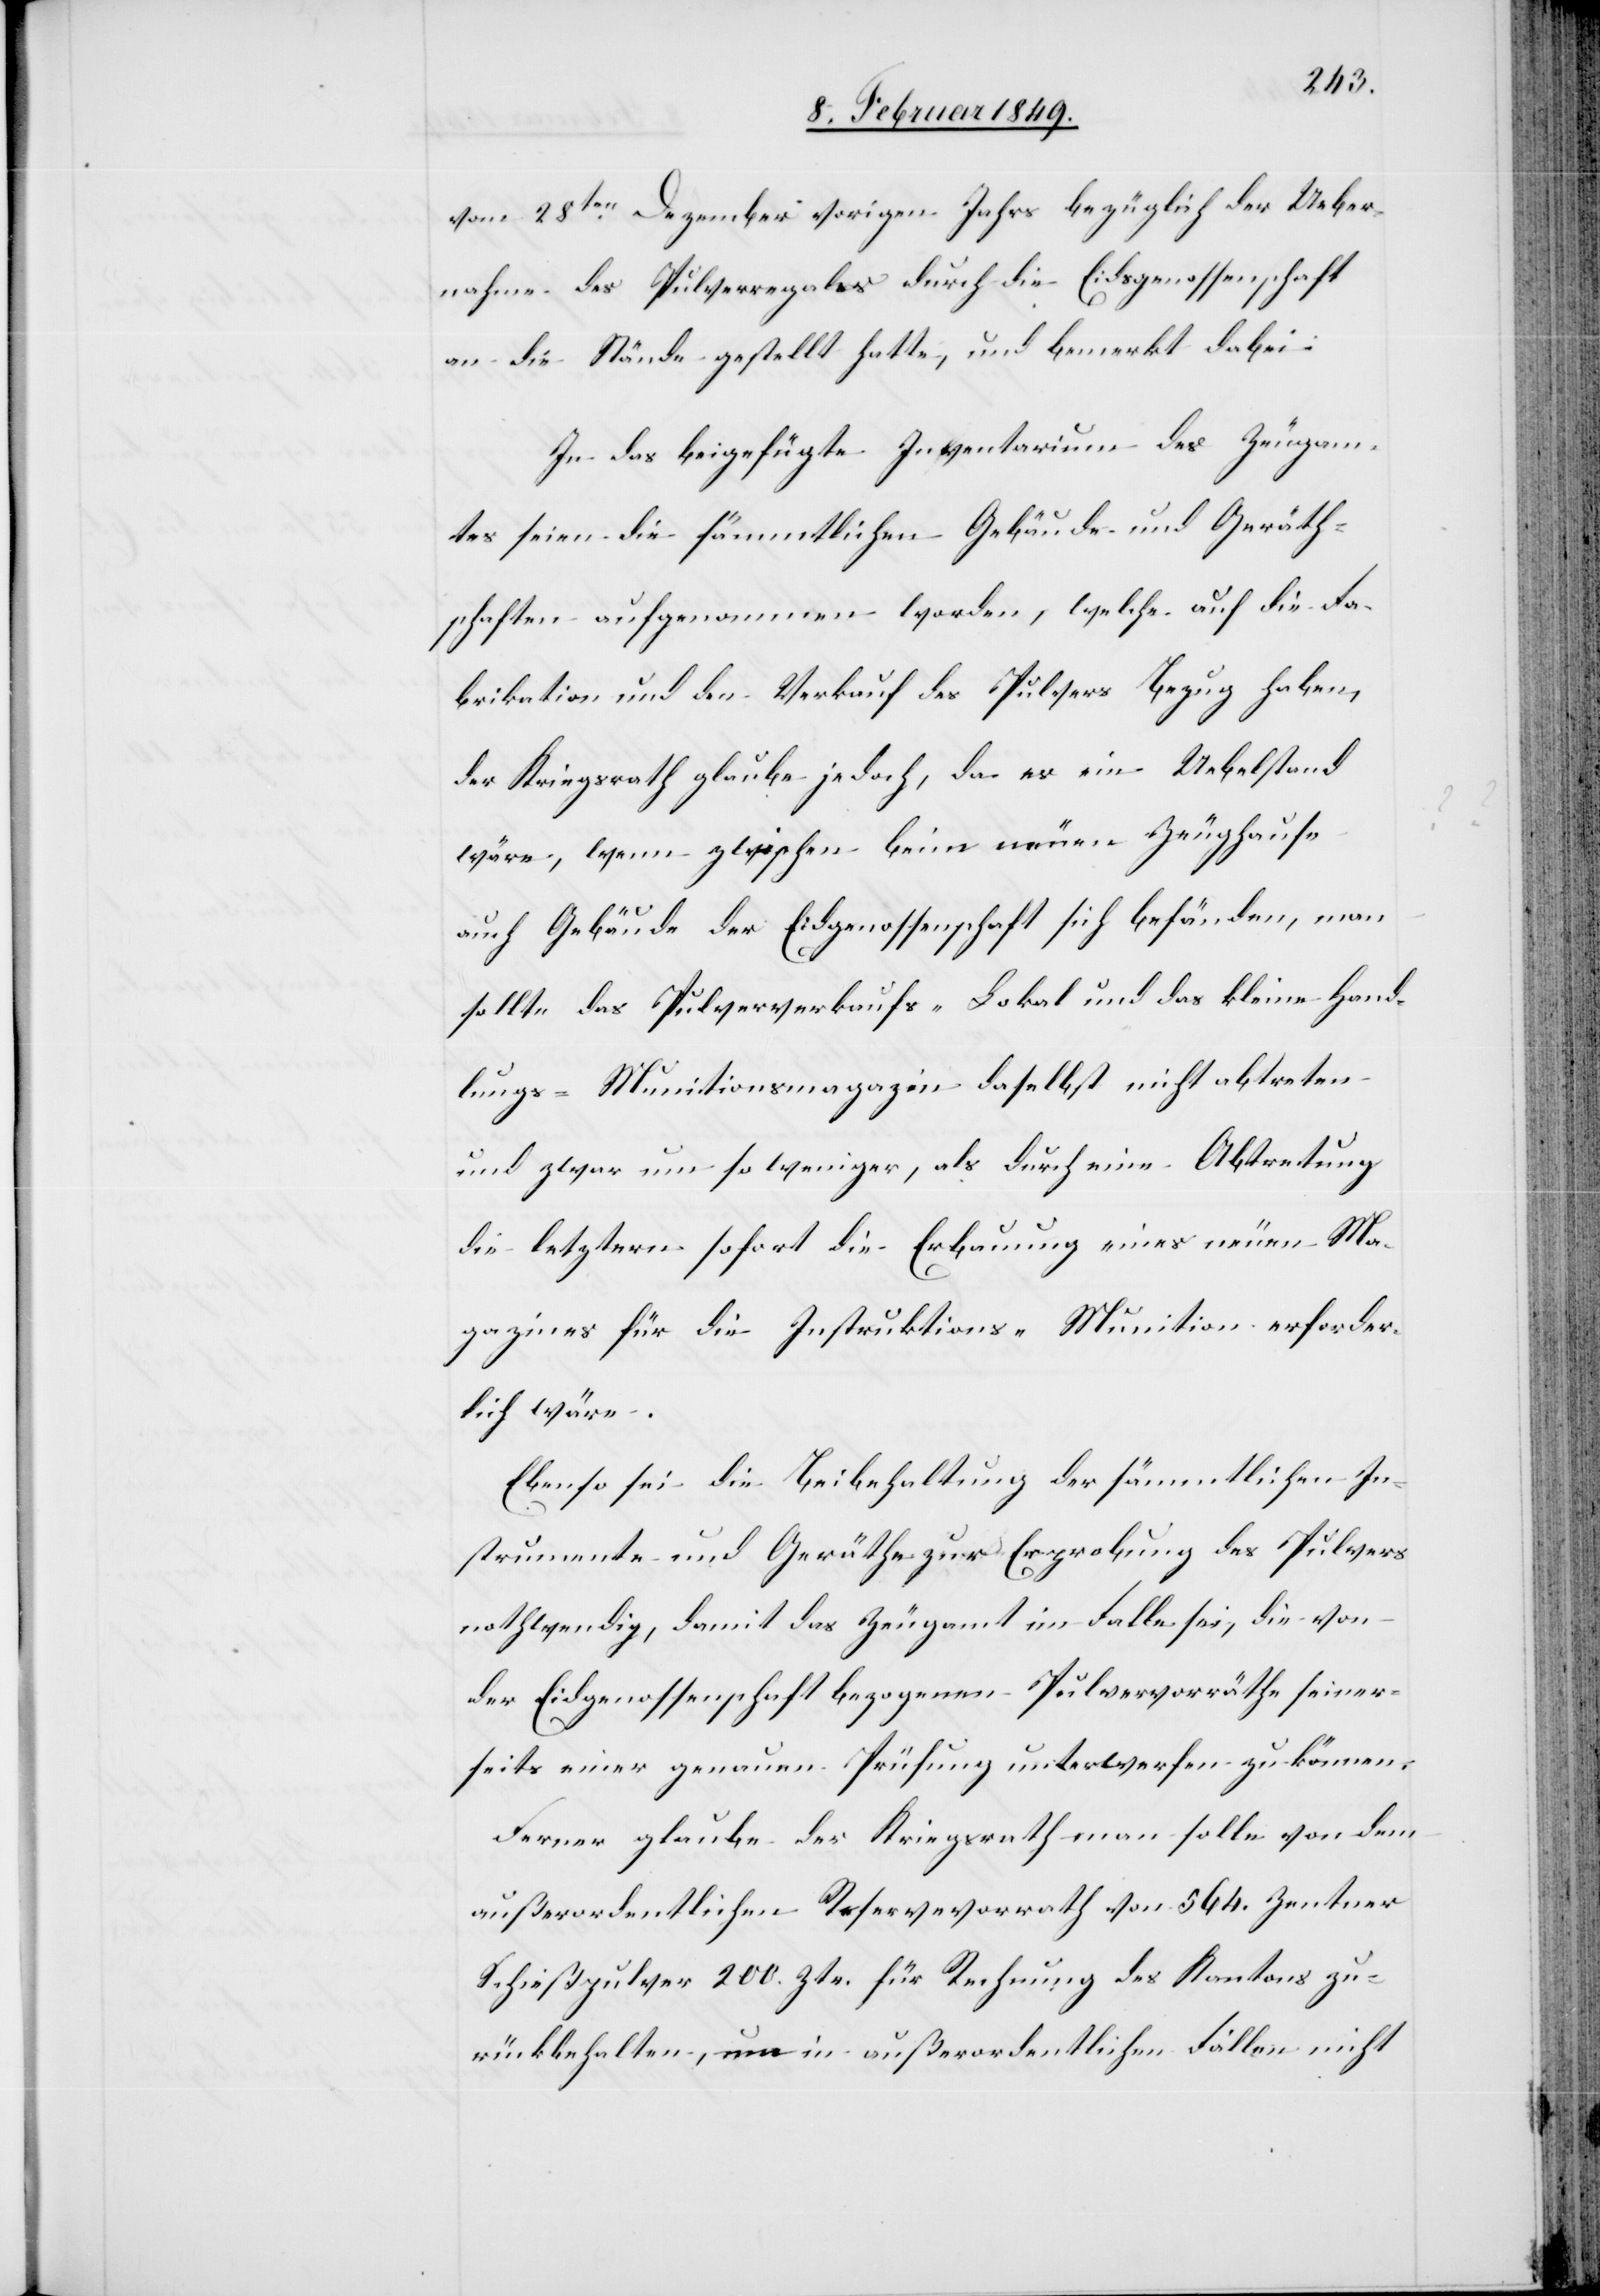
vom 28ten. Dezember vorigen Jahrs bezüglich der Ueber¬
nahme des Pulverregales durch die Eidsgenossenschaft
an die Stände gestellt hatte, und bemerkt dabei:
In das beigefügte Inventarium des Zeugam¬
tes seien die sämmtlichen Gebäude und Geräth¬
schaften aufgenommen worden, welche auf die Fa¬
brikation und den Verkauf des Pulvers Bezug haben,
der Kriegsrath glaube jedoch, da es ein Uebelstand
wäre, wenn zwischen beim neuen Zeughause
auch Gebäude der Eidgenossenschaft sich befänden, man
sollte das Pulververkaufs-Lokal und das kleine Hand¬
lungs-Munitionsmagazin daselbst nicht abtreten
und zwar um so weniger, als durch eine Abtretung
[sic!] letztern sofort die Erbauung eines neuen Ma¬
gazines für die Instruktions-Munition erforder¬
lich wäre.
Ebenso sei die Beibehaltung der sämmtlichen In¬
strumente und Geräthe zur Erprobung des Pulvers
nothwendig, damit das Zeugamt im Falle sei, die von
der Eidgenossenschaft bezogenen Pulvervorräthe seiner¬
seits einer genauen Prüfung unterwerfen zu können.
Ferner glaube der Kriegsrath man solle von dem
außerordentlichen Reservevorrath von 564. Zentner
Schießpulver 200. Ztr. für Rechnung des Kantons zu¬
rückbehalten, um in außerordentlichen Fällen nicht